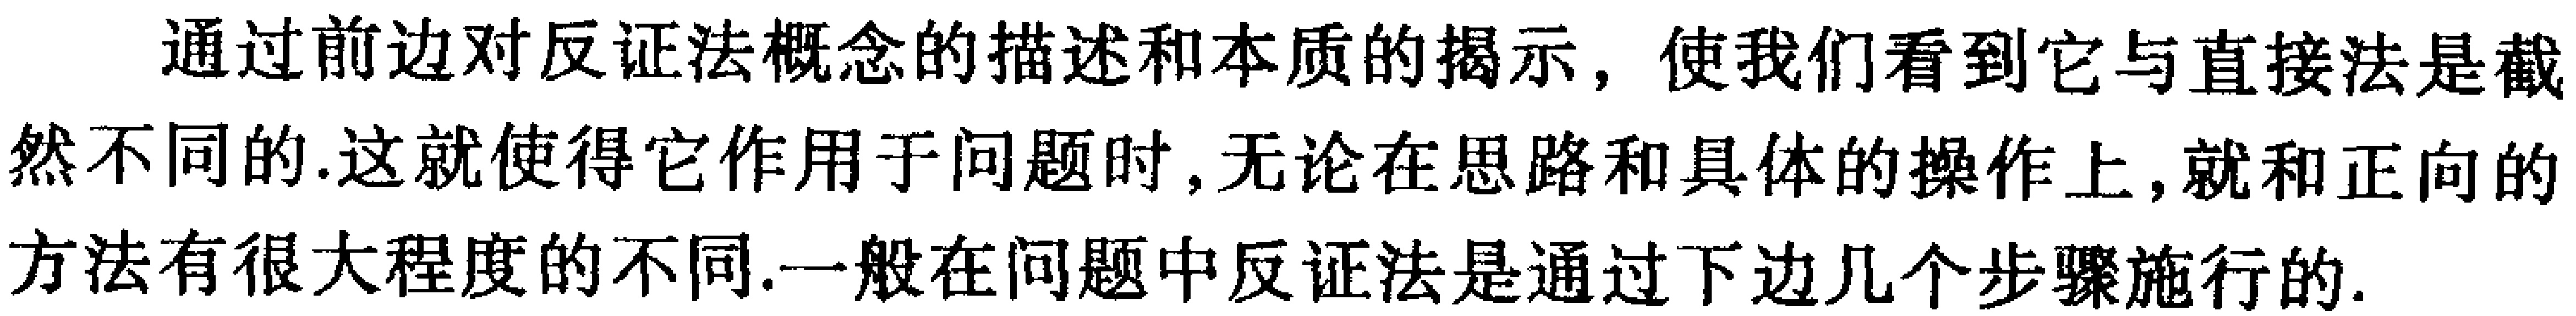
通过前边对反证法概念的描述和本质的揭示，使我们看到它与直接法是截然不同的.这就使得它作用于问题时，无论在思路和具体的操作上，就和正向的方法有很大程度的不同.一般在问题中反证法是通过下边几个步骤施行的.